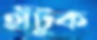
হাঁটুক